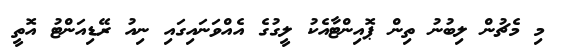
މި މެޗުން ލިބުނު ތިން ޕޮއިންޓާއެކު ލީގުގެ އެއްވަނައިގައި ނިއު ރޭޑިއަންޓު އޮތީ